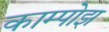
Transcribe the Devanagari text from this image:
काम्पोझ